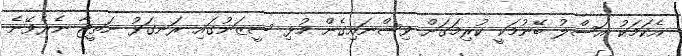
އެކަމަކު އަސްލު ބޭނުމަކީ ކުރިމަގަށް ވިސްނައިގެން މުޅި ސީޒަނުގައި ރަނގަޅު ނަތީޖާ ނެރެވޭނެ